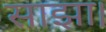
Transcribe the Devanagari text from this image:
साझा।